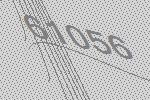
61056